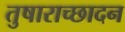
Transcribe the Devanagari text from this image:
तुषाराच्छादन